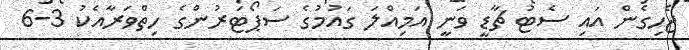
ޖެހިގެން އައި ސެޓު ޗާޑީ ވަނީ އަމިއްލަ ގައުމުގެ ސަޕޯޓަރުންގެ ހިތްވަރާއެކު 3-6